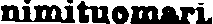
nimituomari.